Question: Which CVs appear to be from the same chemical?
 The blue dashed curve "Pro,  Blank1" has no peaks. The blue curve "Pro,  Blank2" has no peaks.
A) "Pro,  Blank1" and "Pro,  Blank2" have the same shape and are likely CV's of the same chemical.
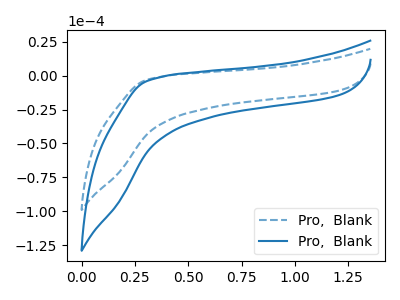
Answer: <think>Neither "Pro,  Blank1" or "Pro,  Blank2" have any peaks.
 </think>
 <answer>A) "Pro,  Blank1" and "Pro,  Blank2" have the same shape and are likely CV's of the same chemical.</answer>
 <eval>A</eval>